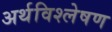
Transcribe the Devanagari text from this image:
अर्थविश्लेषण